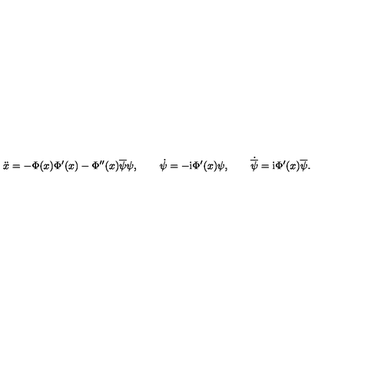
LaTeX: \ddot { x } = - \Phi ( x ) \Phi ^ { \prime } ( x ) - \Phi ^ { \prime \prime } ( x ) \overline { { \psi } } \psi , \qquad \dot { \psi } = - \mathrm { i } \Phi ^ { \prime } ( x ) \psi , \qquad \dot { \overline { { \psi } } } = \mathrm { i } \Phi ^ { \prime } ( x ) \overline { { \psi } } .